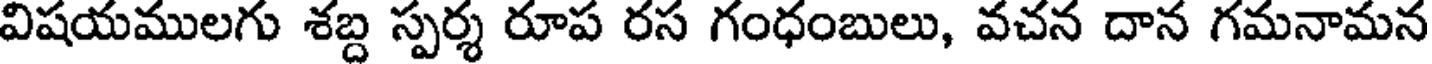
విషయములగు శబ్ద స్పర్శ రూప రస గంధంబులు, వచన దాన గమనామన